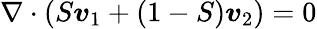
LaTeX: \nabla\cdot(S\boldsymbol{v}_{1}+(1-S)\boldsymbol{v}_{2})=0